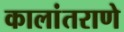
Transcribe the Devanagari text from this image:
कालांतराणे